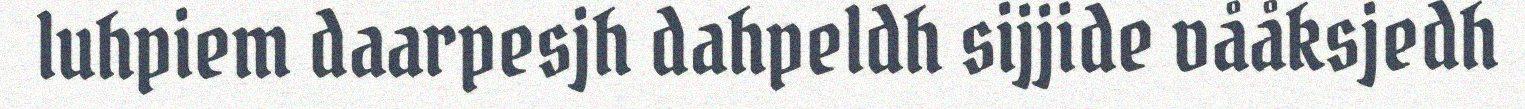
luhpiem daarpesjh dahpeldh sijjide vååksjedh